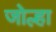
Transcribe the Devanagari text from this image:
जोल्हा